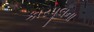
કારપૂલના